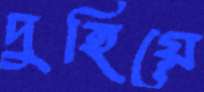
দুহিয়ে